Document type: Grant
Year: 1232
Scribe: Berenguer de Clos
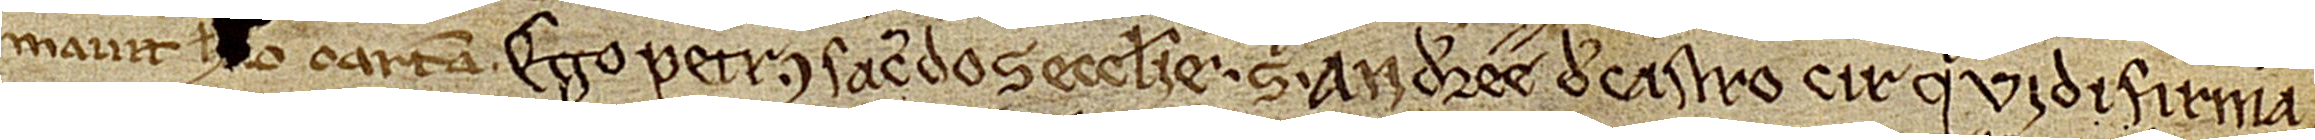
mavit h[an]c cartam. Ego Petrus, sacerdos ecclesie Sancti Andree de Castro Cir, qui vidi firma-